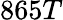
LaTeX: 865T